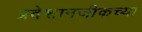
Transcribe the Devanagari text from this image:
प्रदेशानजीकच्या